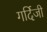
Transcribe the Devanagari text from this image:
गर्दिजी